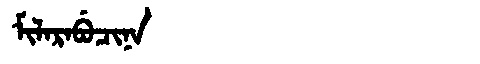
Manchu: ᠮᡳᠯᠠᡵᠠᠪᡠᠴᡳᠨᠠ
Romanization: MILARABUCINA